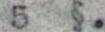
5 §.